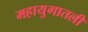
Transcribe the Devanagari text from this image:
महायुगातली